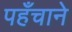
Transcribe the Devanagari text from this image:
पहँचाने